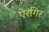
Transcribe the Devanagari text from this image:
ऐरंगिर